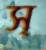
স্